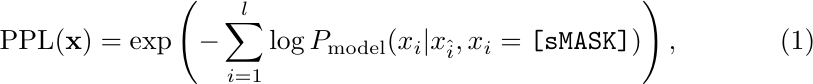
\begin{equation}
\text{PPL}(\mathbf{x}) = \exp\left(-\sum_{i=1}^{l}{\log{P_{\text{model}}(x_i | x_{\hat{i}},x_i=\texttt{[sMASK]})}}\right),
\end{equation}